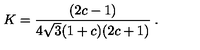
K = \frac { ( 2 c - 1 ) } { 4 \sqrt { 3 } ( 1 + c ) ( 2 c + 1 ) } \: .